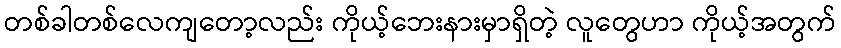
တစ်ခါတစ်လေကျတော့လည်း ကိုယ့်ဘေးနားမှာရှိတဲ့ လူတွေဟာ ကိုယ့်အတွက်